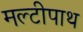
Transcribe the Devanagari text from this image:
मल्टीपाथ